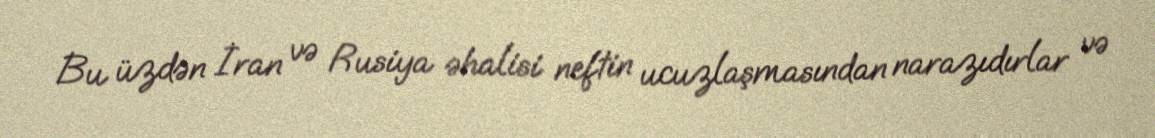
Bu üzdən İran və Rusiya əhalisi neftin ucuzlaşmasından narazıdırlar və